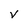
Character: v